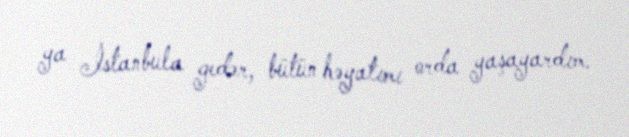
ya İstanbula gedər, bütün həyatımı orda yaşayardım.